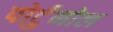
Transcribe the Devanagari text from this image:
पोर्टुनोल